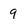
Character: 9